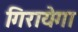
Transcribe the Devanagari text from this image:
गिरायेगा